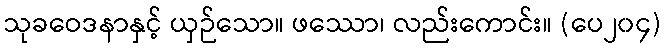
သုခဝေဒနာနှင့် ယှဉ်သော။ ဖဿော၊ လည်းကောင်း။ (ပေ၂၀၄)